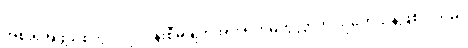
အစိုးရအဖွဲ့သစ်တွင် လုပ်ငန်းစီမံချက်အား ရဟမတွလ္လာဟ် သုတေသနဖြစ်ပါသည်